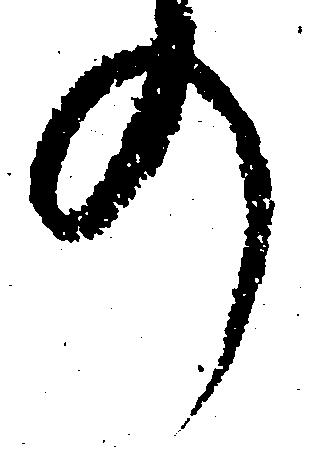
の